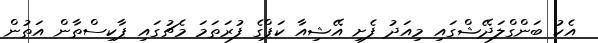
އެކު ބަންގްލަދޭޝްގައި މިއަދު ފެށި އޭޝިއާ ކަޕްގެ ފުރަތަމަ މެޗުގައި ޕާކިސްތާން އަތުން